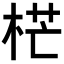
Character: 𣒣